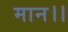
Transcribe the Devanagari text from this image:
मान।।